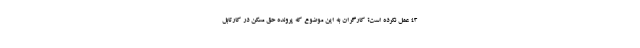
43 عمل نکرده است؟ کارگران به این موضوع که پرونده حق مسکن در کارتابل